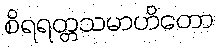
စိရရတ္တသမာဟိတော